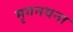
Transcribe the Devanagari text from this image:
मृगनयना